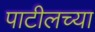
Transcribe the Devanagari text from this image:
पाटीलच्या